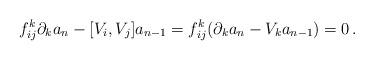
LaTeX: \begin{align*}f_{ij}^k\partial_ka_{n}-[V_i,V_j]a_{n-1}=f_{ij}^k( \partial_ka_{n}-V_ka_{n-1})=0\,.\end{align*}